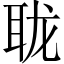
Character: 𰭹